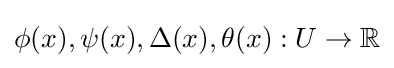
\phi (x),\psi (x),\Delta (x),\theta (x):U\to \mathbb {R}